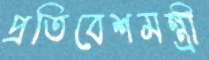
প্রতিবেশমন্ত্রী